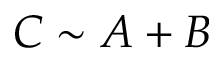
C \sim A + B